18_100754_ General 1946-7_Vol_2
Agency: Department of War
Incident date: 12/30/47
Page 8
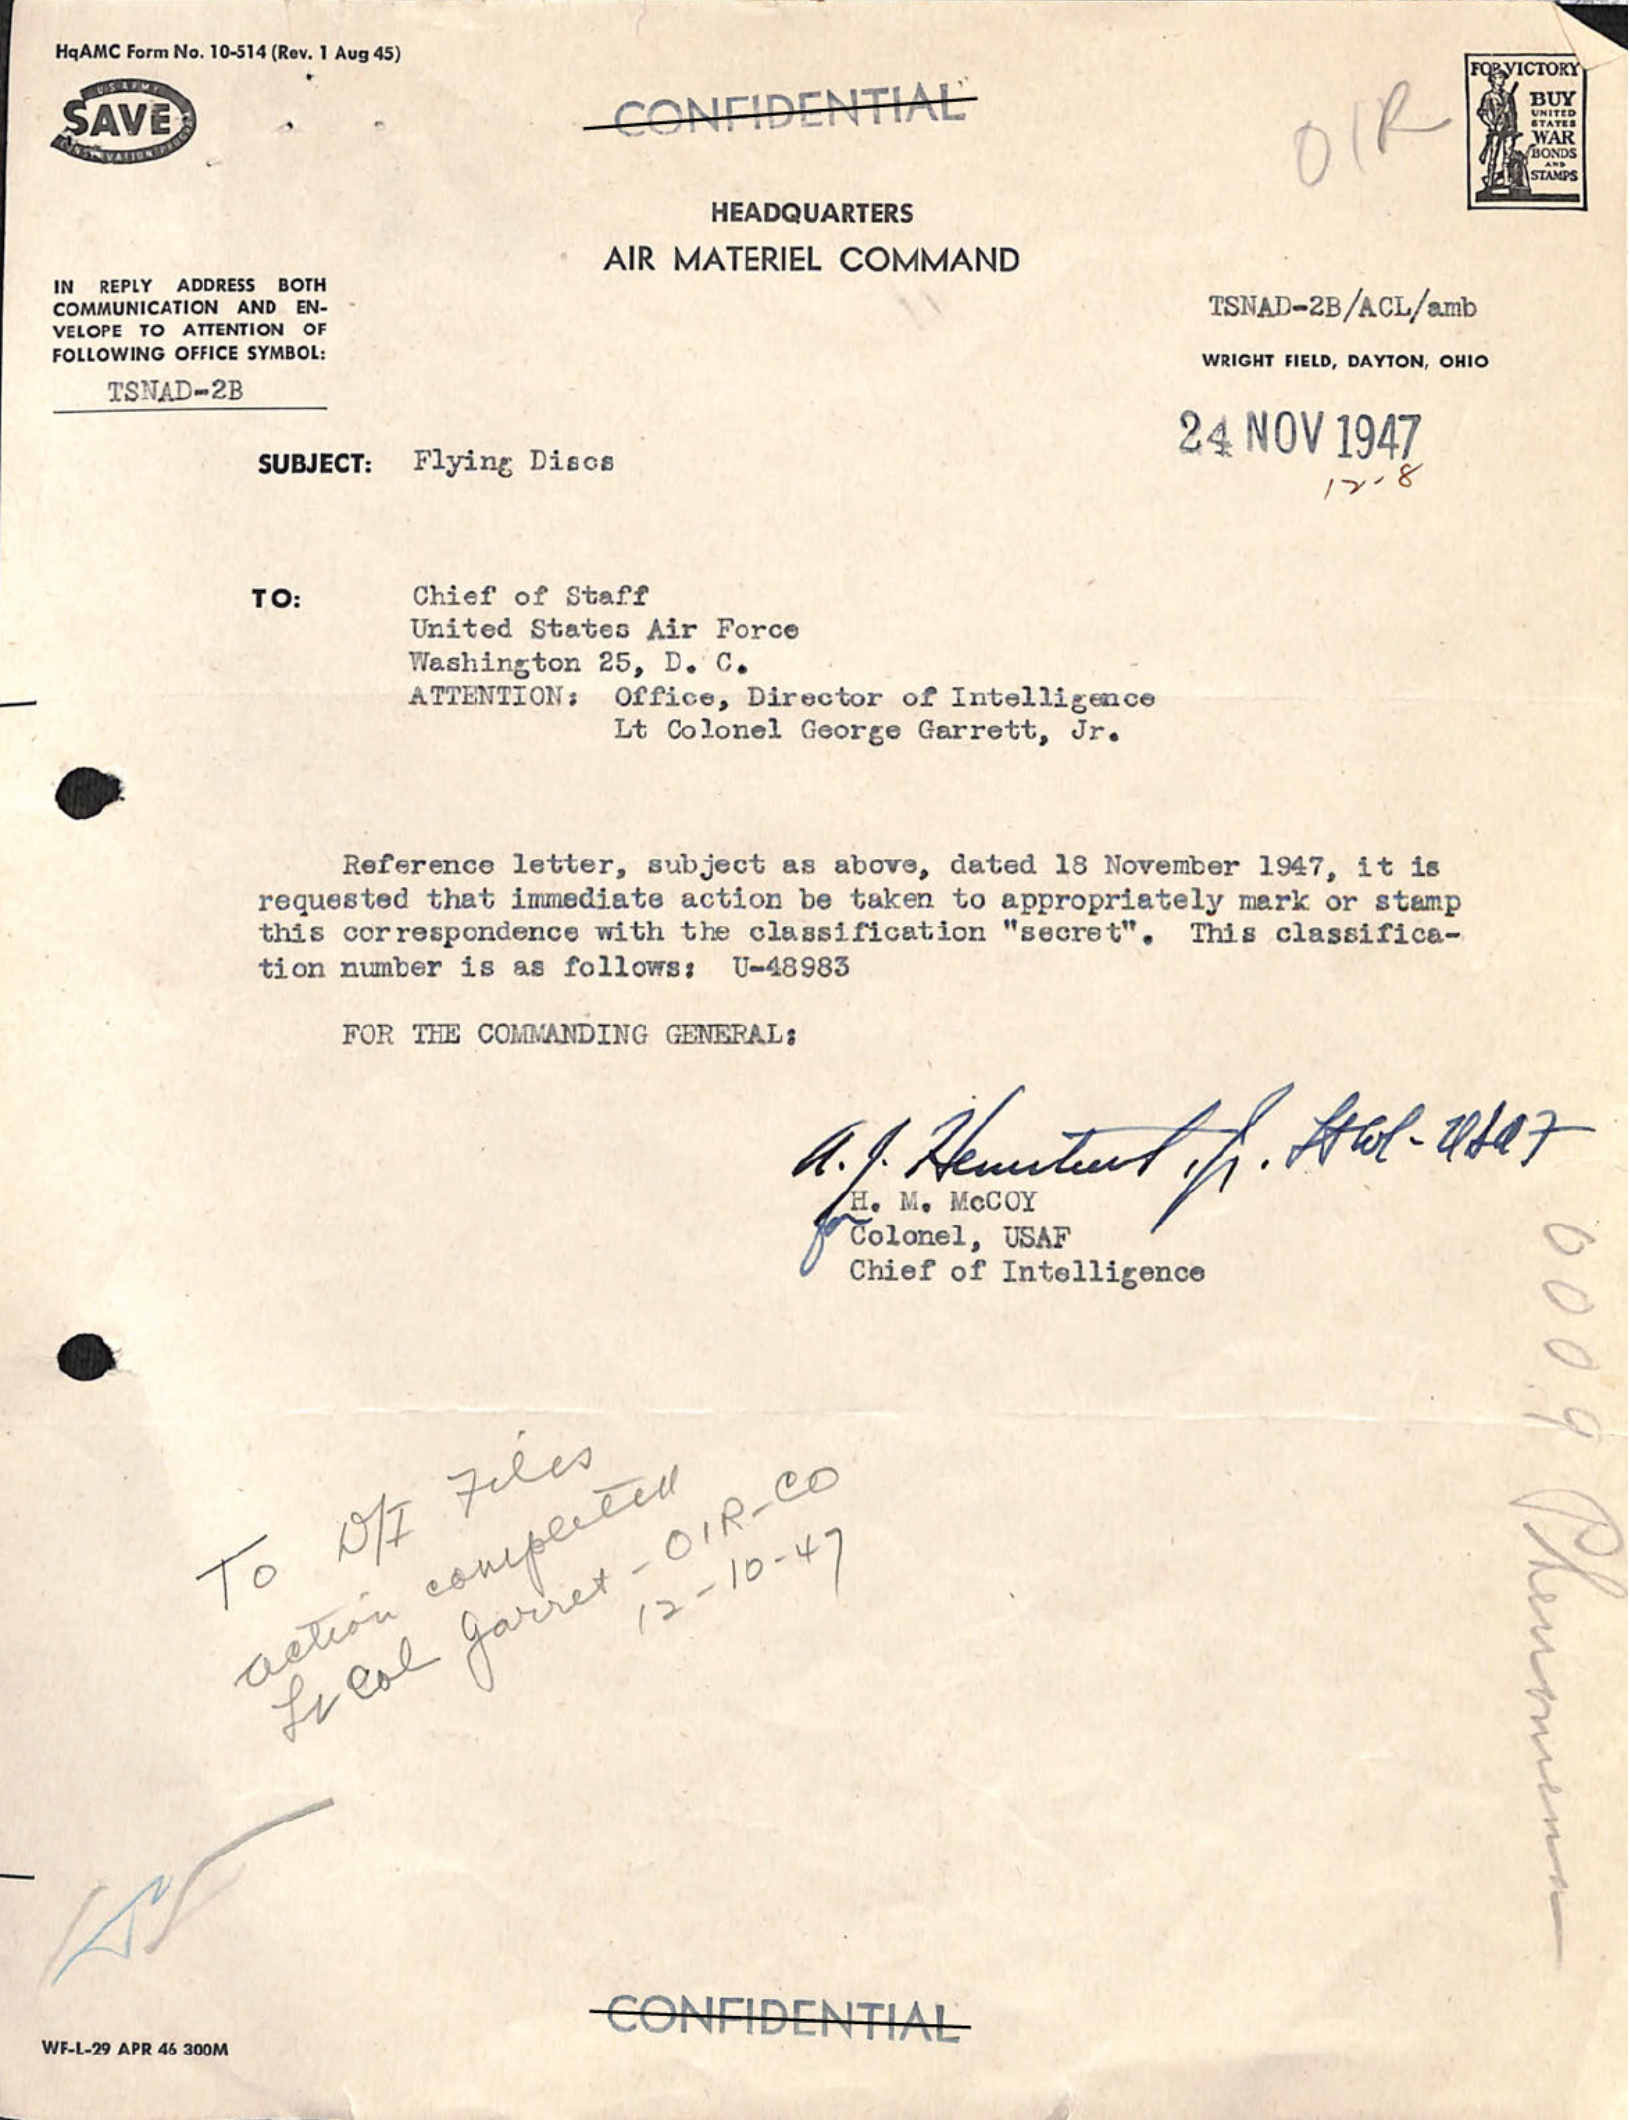